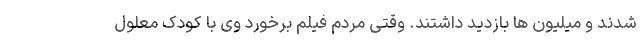
شدند و میلیون ها بازدید داشتند. وقتی مردم فیلم برخورد وی با کودک معلول